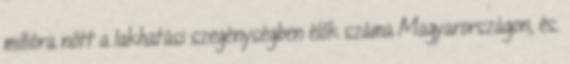
millióra nőtt a lakhatási szegénységben élők száma Magyarországon, és.